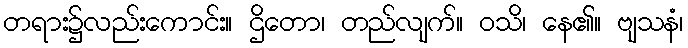
တရား၌လည်းကောင်း။ ဌိတော၊ တည်လျက်။ ဝသိ၊ နေ၏။ ဗျသနံ၊